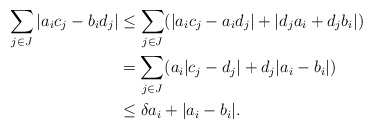
\begin{align*} \sum_{j \in J} |a_i c_j - b_i d_j| & \leq \sum_{j \in J}( |a_i c_j - a_i d_j| + |d_j a_i + d_j b_i|) \\ & = \sum_{j \in J} (a_i |c_j - d_j| + d_j |a_i - b_i| ) \\ & \leq \delta a_i + |a_i - b_i|. \end{align*}